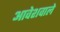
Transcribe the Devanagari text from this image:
आवेशवाले